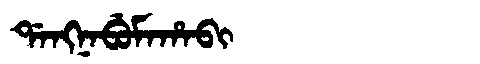
Manchu: ᡩᠠᠩᠨᠠᠪᡠᠮᠠᡥᠠᠪᡳ
Romanization: DANGNABUMAHABI